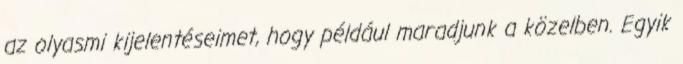
az olyasmi kijelentéseimet, hogy például maradjunk a közelben. Egyik